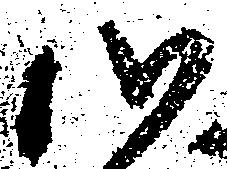
心